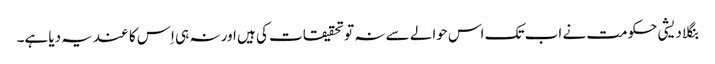
بنگلا دیشی حکومت نے اب تک اس حوالے سے نہ تو تحقیقات کی ہیں اور نہ ہی اِس کا عندیہ دیا ہے۔